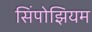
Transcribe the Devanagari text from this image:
सिंपोझियम